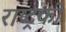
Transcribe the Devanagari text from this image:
राष्ट्रकी